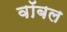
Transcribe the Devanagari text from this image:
वॉबल